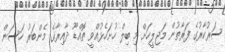
ސަރުކާރުގެ ފަރާތުން މަޖިލީހަށް މި ބިލް ހުށަހެޅުއްވީ ތޮއްޑޫ ދާއިރާގެ މެންބަރު ހަސަން